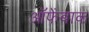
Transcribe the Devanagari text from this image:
ऑफेंबाक